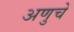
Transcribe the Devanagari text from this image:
अणुचे